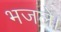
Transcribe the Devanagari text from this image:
भजले।